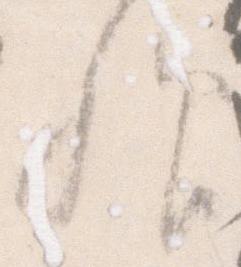
歟